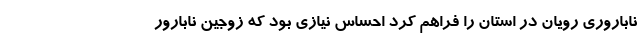
ناباروری رویان در استان را فراهم کرد احساس نیازی بود که زوجین نابارور